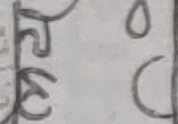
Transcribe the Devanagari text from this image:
को ०